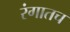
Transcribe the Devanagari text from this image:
रंगातच